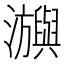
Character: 𤄕